Medical and sanitary report on the native army of Bombay for the year
Year: 1877
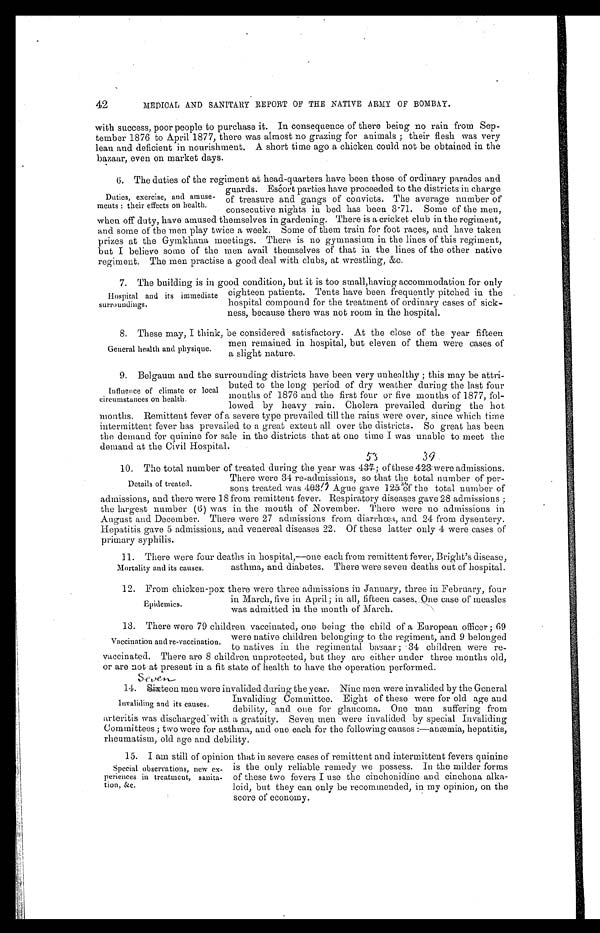
42
MEDICAL AND SANITARY REPORT OF THE NATIVE ARMY OF BOMBAY.
with success, poor people to purchase it. In consequence of there being no rain from Sep
-tember 1876 to April 1877, there was almost no grazing for animals; their flesh was very
lean and deficient in nourishment. A short time ago a chicken could not be obtained in the
bazaar, even on market days.
6. The duties of the regiment at head-quarters have been those of ordinary parades and
guards. Escort parties have proceeded to the districts in charge
of treasure and gangs of convicts. The average number of
consecutive nights in bed has been 3.71. Some of the men,
when off duty, have amused themselves in gardening. There is a cricket club in the regiment,
and some of the men play twice a week. Some of them train for foot races, and have taken
prizes at the Gymkhana meetings. There is no gymnasium in the lines of this regiment,
but I believe some of the men avail themselves of that in the lines of the other native
regiment. The men practise a good deal with clubs, at wrestling, &c.
7 . T h e b u i l d i n g i s i n g o o d c o n d i t i o n , b u t i t i s t o o s m a l l , h a v i n g a c c o m m o d a t i o n f o r o n l y
eighteen patients. Tents have been frequently pitched in the
hospital compound for the treatment of ordinary cases of sick
-ness, because there was not room in the hospital.
8 . T h e s e m a y , I t h i n k , b e c o n s i d e r e d s a t i s f a c t o r y . A t t h e c l o s e o f t h e y e a r f i f t e e n
men remained in hospital, but eleven of them were cases of
a slight nature.
9. Belgaum and the surrounding districts have been very unhealthy; this may be attri
-buted to the long period of dry weather during the last four
months of 1876 and the first four or five months of 1877, fol
-lowed by heavy rain. Cholera prevailed during the hot
months. Remittent fever of a severe type prevailed till the rains were over, since which time
intermittent fever has prevailed to a great extent all over the districts. So great has been
the demand for quinine for sale in the districts that at one time I was unable to meet the
demand at the Civil Hospital.
10. The total number of treated during the year was 453; of these 439 were admissions.
There were 34 re-admissions, so that the total number of per
-
sons treated was 419. Ague gave 134 of the total number of
admissions, and there were 18 from remittent fever. Respiratory diseases gave 28 admissions;
the largest number (6) was in the month of November. There were no admissions in
August and December. There were 27 admissions from diarrhœa, and 24 from dysentery.
Hepatitis gave 5 admissions, and venereal diseases 22. Of these latter only 4 were cases of
primary syphilis.
11. There were four deaths in hospital,—one each from remittent fever, Bright's disease,
asthma, and diabetes. There were seven deaths out of hospital.
1 2 . F r o m c h i c k e n - p o x t h e r e w e r e t h r e e a d m i s s i o n s i n J a n u a r y , t h r e e i n F e b r u a r y , f o u r
in March, five in April; in all, fifteen cases. One case of measles
was admitted in the month of March.
13. There were 79 children vaccinated, one being the child of a European officer; 69
were native children belonging to the regiment, and 9 belonged
to natives in the regimental bazaar; 34 children were re
- v a c c i n a t e d . T h e r e a r e 8 c h i l d r e n u n p r o t e c t e d , b u t t h e y a r e e i t h e r u n d e r t h r e e m o n t h s o l d ,
or are not at present in a fit state of health to have the operation performed.
14. Seventeen men were invalided during the year. Nine men were invalided by the General
Invaliding Committee. Eight of these were for old age and
debility, and one for glaucoma. One man suffering from
arteritis was discharged with a gratuity. Seven men were invalided by special Invaliding
Committees; two were for asthma, and one each for the following causes:—anæmia, hepatitis,
rheumatism, old age and debility.
1 5 . I a m s t i l l o f o p i n i o n t h a t i n s e v e r e c a s e s o f r e m i t t e n t a n d i n t e r m i t t e n t f e v e r s q u i n i n e
is the only reliable remedy we possess. In the milder forms
of these two fevers I use the cinchonidine and cinchona alka
-loid, but they can only be recommended, in my opinion, on the
score of economy.
Duties, exercise, and amuse
-ments: their effects on health.
Hospital and its immediate
surroundings.
General health and physique.
Influence of climate or local
circumstances on health.
Details of treated.
Mortality and its causes.
Epidemics.
Vaccination and re-vaccination.
Invaliding and its causes.
Special observations, new ex
-periences in treatment, sanita
- t i o n , & c .